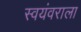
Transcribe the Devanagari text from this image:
स्वयंवराला